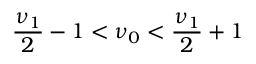
\frac { \nu _ { 1 } } { 2 } - 1 < \nu _ { 0 } < \frac { \nu _ { 1 } } { 2 } + 1